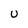
Character: U